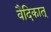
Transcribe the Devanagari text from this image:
वैदिकात्